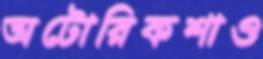
অটোরিকশাও